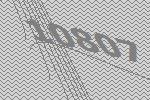
10807